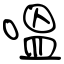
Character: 嗢